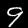
Digit: 9